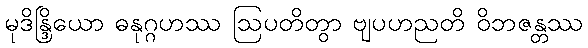
မုဒိန္ဒြိယော ဓနုဂ္ဂဟဿ ဩပတိတွာ ဗျပဟညတိ ဝိဘဇန္တဿ